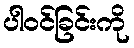
ပါဝင်ခြင်းကို